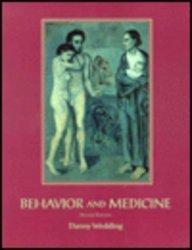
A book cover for Behavior and Medicine; Danny Wedding; Medical Books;